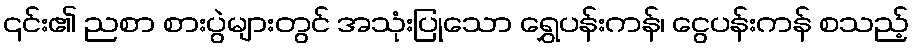
၎င်း၏ ညစာ စားပွဲများတွင် အသုံးပြုသော ရွှေပန်းကန်၊ ငွေပန်းကန် စသည့်